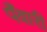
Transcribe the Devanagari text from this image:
पँवारी